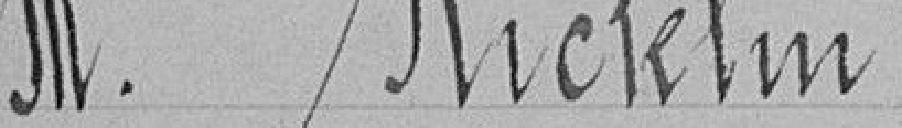
M. Kicklin